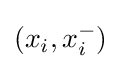
(x_{i},x_{i}^{-})